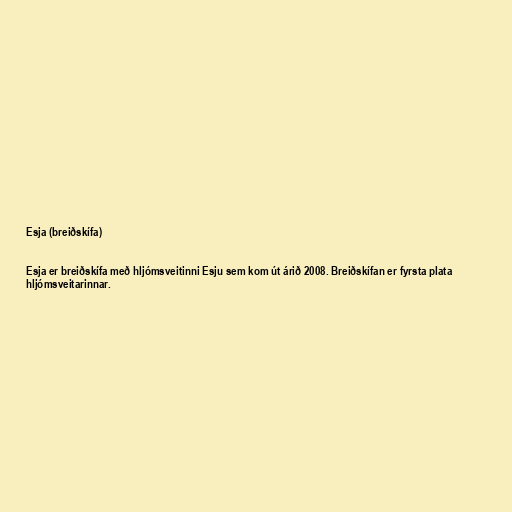
Esja (breiðskífa)

Esja er breiðskífa með hljómsveitinni Esju sem kom út árið 2008. Breiðskífan er fyrsta plata
hljómsveitarinnar.